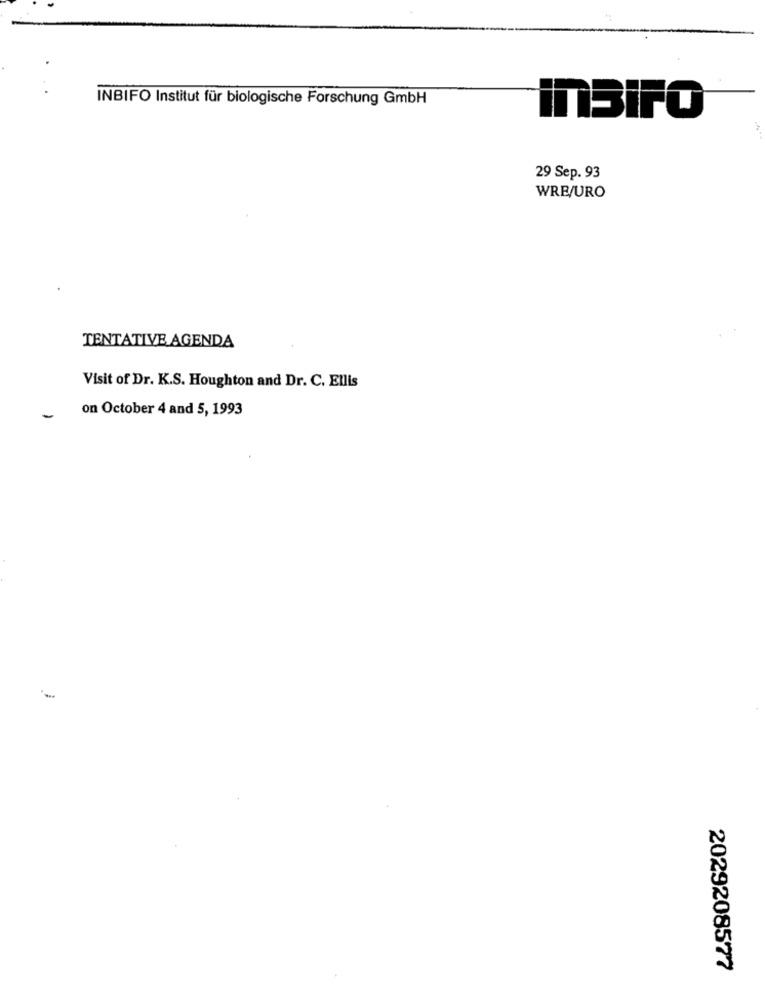
INBIFO Institut für biologische Forschung GmbH
inSiFO
29 Sep. 93
WRE/URO
TENTATIVE AGENDA
Visit of Dr. K.S. Houghton and Dr. C. Ellis
on October 4 and 5, 1993
-
2029208577